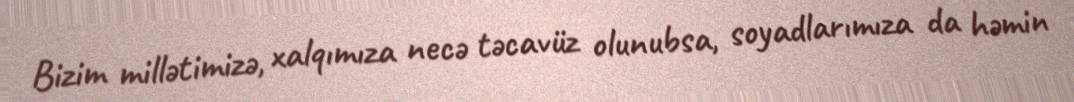
Bizim millətimizə, xalqımıza necə təcavüz olunubsa, soyadlarımıza da həmin